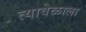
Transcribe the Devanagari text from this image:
त्यावेळाला